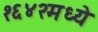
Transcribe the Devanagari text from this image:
१६४२मध्ये